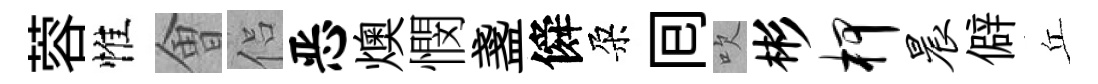
蓉惟㑹侣恶燠憫盞僢朶囘吹彬柙晨僻丘